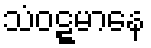
သံဝဋ္ဋမာနေ